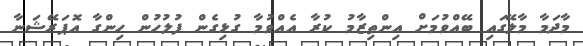
މާދަމާ މާލޭގައި ބޭއްވުމަށް އިންތިޒާމު ކުރާ އެއްވުމާ ގުޅިގެން ފުލުހުން ހިންގާ އޮޕަރޭޝަނާ